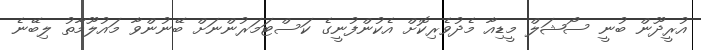
އުރީދޫން ބުނީ ސޯޝަލް މީޑިއާ މެދުވެރިކޮށް އެކުންފުނީގެ ކަސްޓަމަރުންނަށް ބޭނުންވާ މައުލޫމާތު ލިބޭނެ